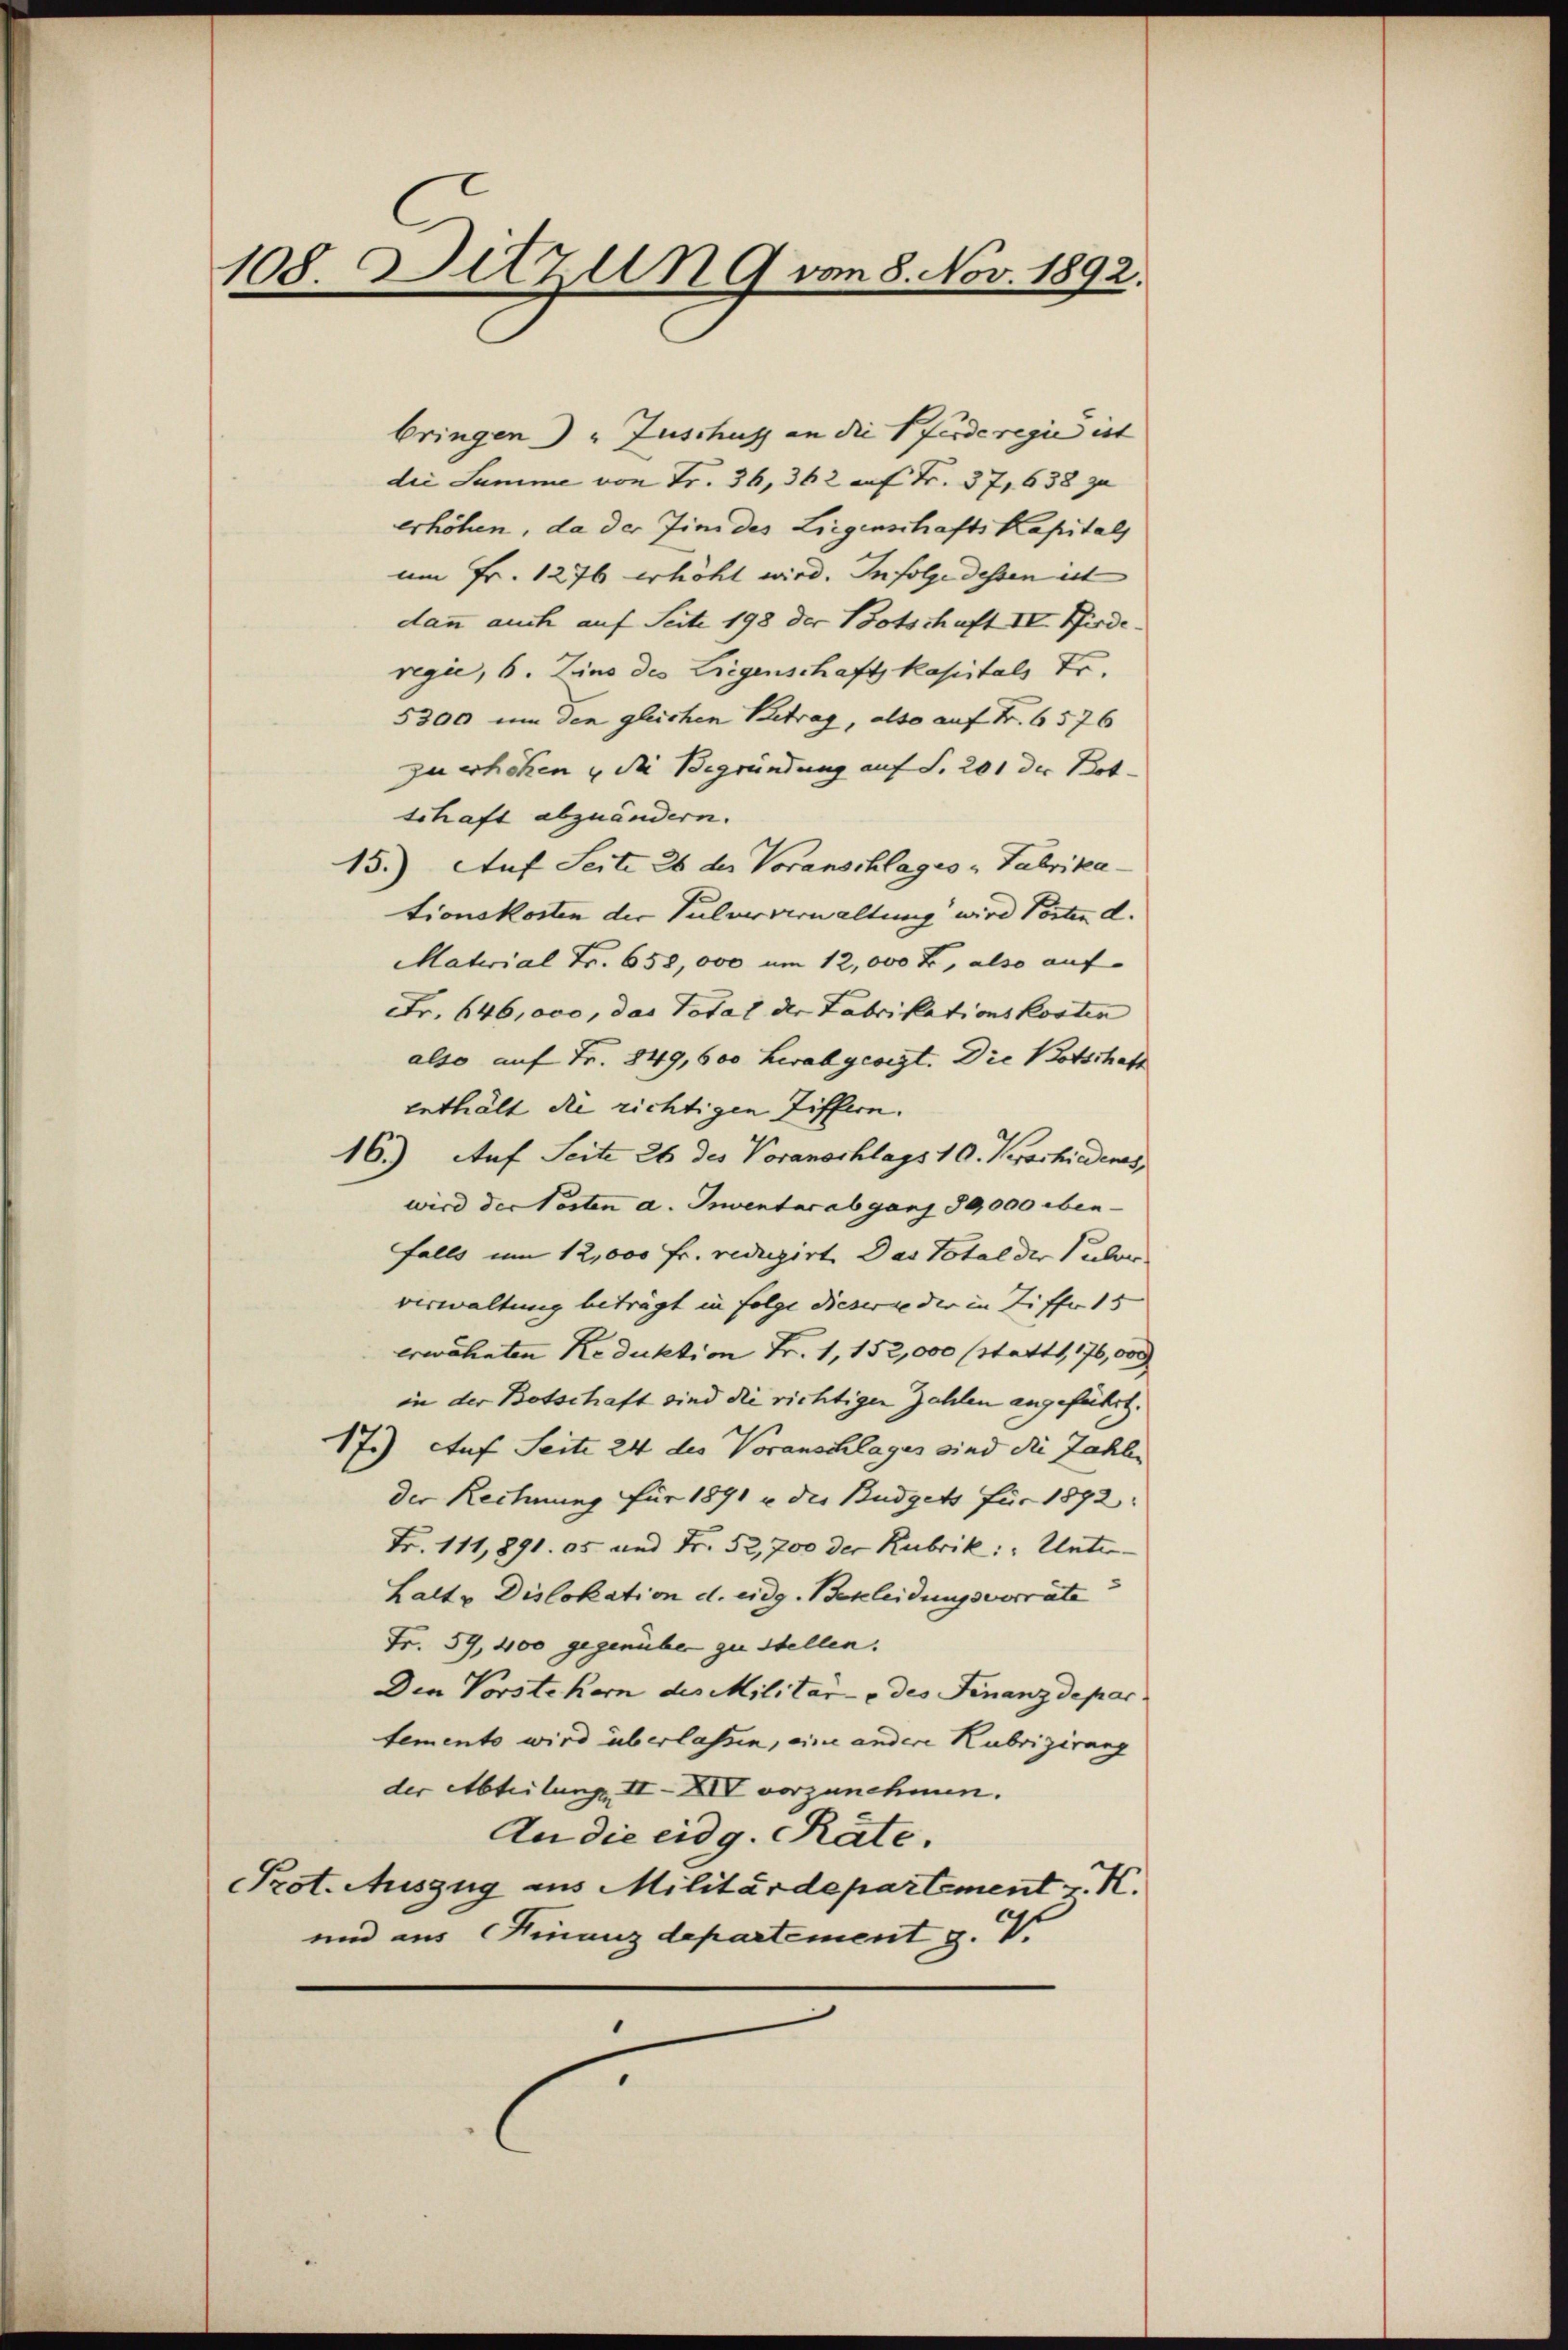
108. Sitzung von 8. Nov. 1892.

bringen) Zuschuss an die Pferde regie ist |
die Summe von Fr. 36, 362 auf Fr. 37,638 zu
erhöhen, da der in des Liegenschafts Kapitals
um Fr. 1276 erhöht wird. Infolge dessen ist
dann auch auf Seite 198 der Botschaft II. Biederegić, 6. Zins des Liegenschaft kapitals Fr.
5300 um den gleichen Betrag, also auf Fr. 6576
zuerhöhen u die Begründung auf S. 201 der Bot
schaft abzuändern.
15.) Auf Seite 26 der Voranschlages - Fabrika-
tionskosten der Pulververwaltung wird Vorten d.
Material Fr. 658,000 um 12,000 Fr, also auf
Fr. 646,000, das Total der Fabrikationskosten
also auf Fr. 849,600 herabgeregt. Die Botschaft
enthält die richtigen Ziffern.
16.) Auf Seite 26 des Voranschlags 10. Vorschiedenes,
wird der Posten a. Inventar abgang 80,000 eben-
falls um 12,000 Fr. reduzirt. Das Total der Pulver.
verwaltung beträgt in folge dieserne dir in Ziffer 15
erwähnten Reduktion Fr. 1, 152,000 (statt, 176,000
in der Botschaft sind die richtiger Zahlen angeführt.
17.) Auf Seite 24 des Voranschlages sind die Zahlen
der Rechnung für 1891 u. der Budgets für 1892.
Fr. 111,891. 05 und Fr. 52,700 der Rubrik: „Unter-
Laltv Dislokation d. eidg. Bekleidungsvorräte
Fr. 59, 400 gegenüber zu stellen.
Den Vorstehern des Militare des Finanzdepar
temento wird überlassen, eine andere Rubrizirung
der Abteilung II-XIV vorzunehmen.
An die eidg. Räte.
Prot. Auszug aus Militärdepartement v. K.
und aus Finanzdepartement g. V.